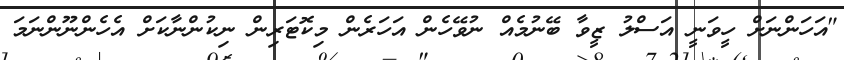
"އަހަންނަށް ހީވަނީ އަސްލު ޒީވާ ބޭނުމެއް ނުވޭހެން އަހަރެން މިކޮޓަރިން ނިކުންނާކަށް އެހެންނޫންނަމަ